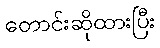
တောင်းဆိုထားပြီး